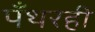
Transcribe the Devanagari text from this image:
पँथरही